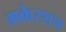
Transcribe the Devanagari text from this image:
मकेरशन